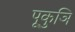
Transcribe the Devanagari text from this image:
पूकुञि